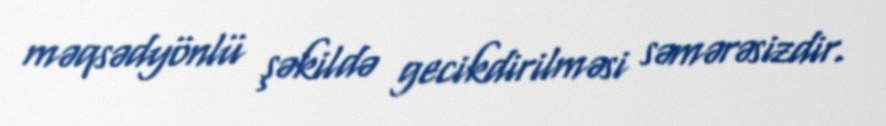
məqsədyönlü şəkildə gecikdirilməsi səmərəsizdir.